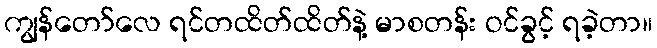
ကျွန်တော်လေ ရင်တထိတ်ထိတ်နဲ့ မာစတန်း ဝင်ခွင့် ရခဲ့တာ။